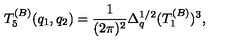
T _ { 5 } ^ { ( B ) } ( q _ { 1 } , q _ { 2 } ) = { \frac { 1 } { ( 2 \pi ) ^ { 2 } } } \Delta _ { q } ^ { 1 / 2 } ( T _ { 1 } ^ { ( B ) } ) ^ { 3 } ,